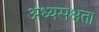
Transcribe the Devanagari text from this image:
अध्यसक्षता